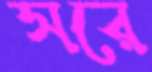
সরে